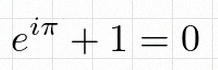
e^{i\pi}+1=0